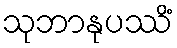
သုဘာနုပဿိံ